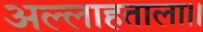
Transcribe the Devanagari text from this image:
अल्लाहताला।।